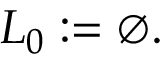
L _ { 0 } : = \varnothing .